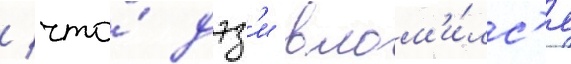
/ что́ дэз'и влом'и́лс'я